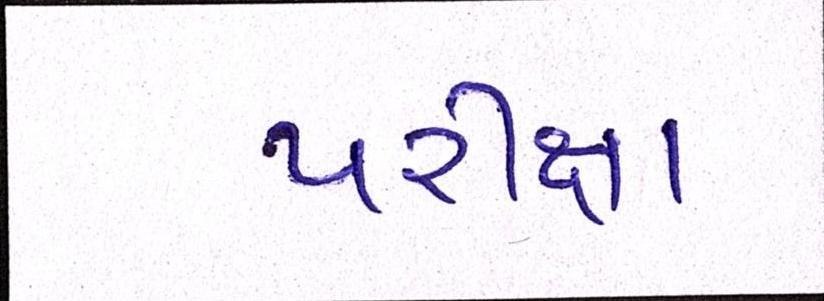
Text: પરીક્ષા